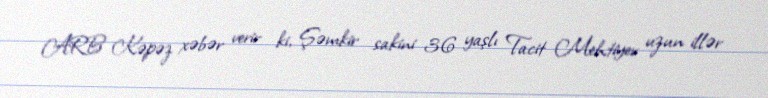
ARB Kəpəz xəbər verir ki, Şəmkir sakini 36 yaşlı Tacit Mehtiyev uzun illər